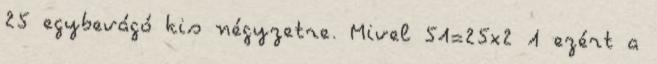
25 egybevágó kis négyzetre. Mivel 51=25×2 1 ezért a